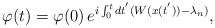
\begin{align*}\varphi (t) = \varphi (0)\, e^{ i \int_0^t dt^{'} ( W (x(t^{'})) -\lambda_n)}, \end{align*}